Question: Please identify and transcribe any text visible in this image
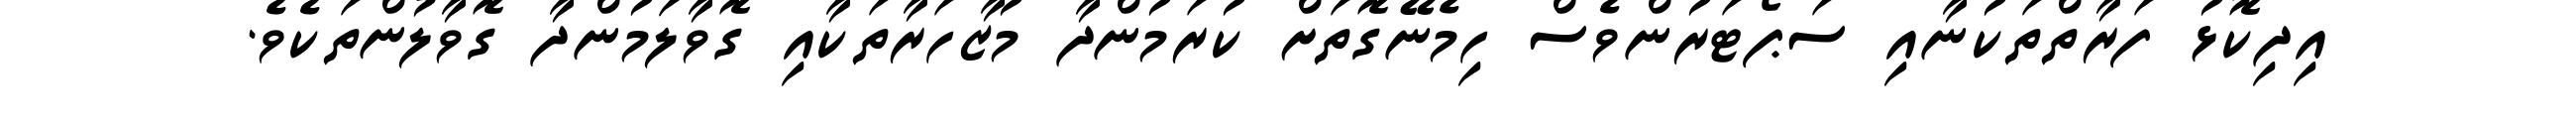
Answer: އިދިކޮޅު ފަރާތްތަކުނާއި ސަޕޯޓަރުންވެސް ހިމެނޭގޮތަށް ކުރަމުންދާ މުޒާހަރާތަކާއި ގޮވާލަމުންދާ ގޮވާލުންތަކެވެ.